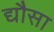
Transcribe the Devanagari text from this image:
द्यौसा